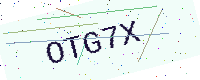
Text: OTG7X